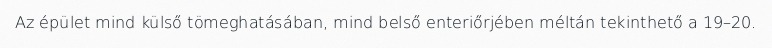
Az épület mind külső tömeghatásában, mind belső enteriőrjében méltán tekinthető a 19–20.